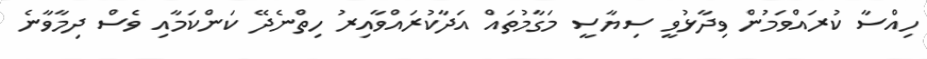
ހިއްސާ ކުރައްވަމުން ވިދާޅުވީ ސިޔާސީ މަގާމުތައް އަދާކުރައްވާއިރު ހިތްނެދޭ ކަންކަމާއި ވެސް ދިމާވާނެ